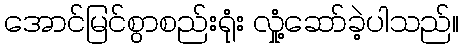
အောင်မြင်စွာစည်းရုံး လှုံ့ဆော်ခဲ့ပါသည်။